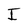
Character: I